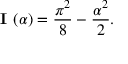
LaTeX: { \textbf { I } } ( \alpha ) = { \frac { \pi ^ { 2 } } { 8 } } - { \frac { \alpha ^ { 2 } } { 2 } } .